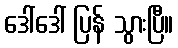
ဒေါ်ဒေါ် ပြန် သွားပြီ။